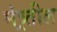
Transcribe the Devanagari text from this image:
मंत्र्र्तील